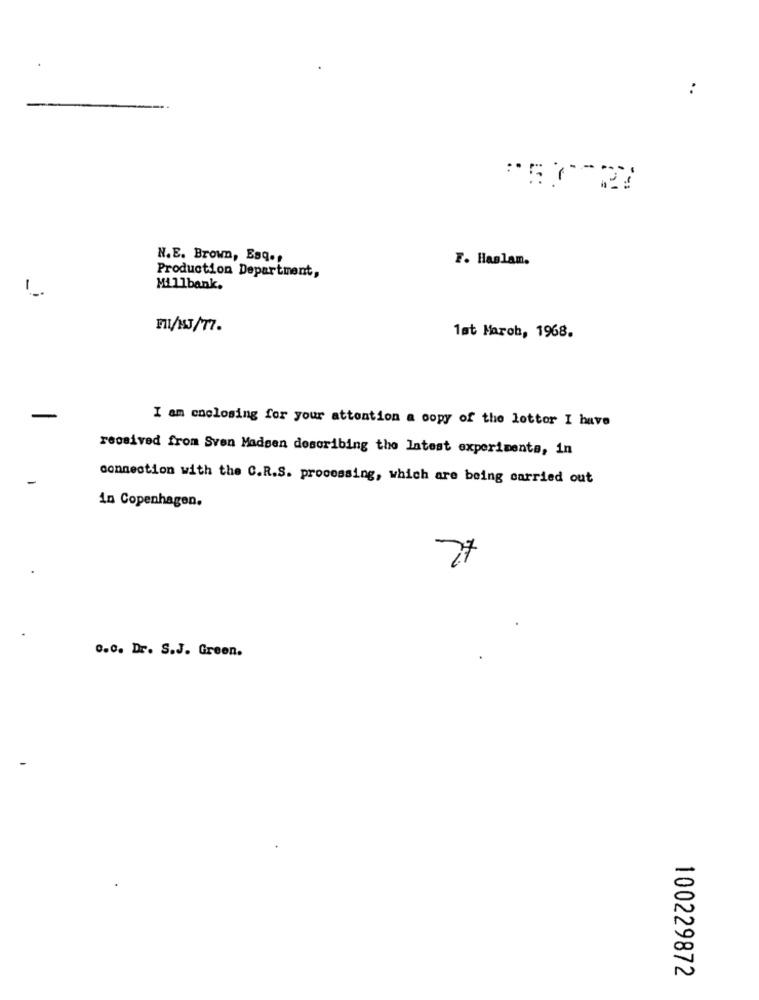
:
N.E. Brown, Esq .,
F. Haslam.
Production Department,
-
Millbank.
11/13/17.
1st March, 1968.
I am enclosing for your attention a copy of the lottor I have
received from Sven Madsen describing the Intest experiments, in
connection with the C.R.S. processing, which are being carried out
in Copenhagen.
0.0. Dr. S.J. Green.
100229872